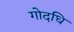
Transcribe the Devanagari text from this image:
गोदधि